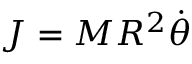
J = M R ^ { 2 } { \dot { \theta } }